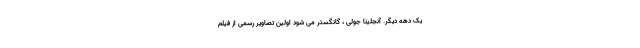
یک دهه دیگر. آنجلینا جولی ، گانگستر می شود اولین تصاویر رسمی از فیلم